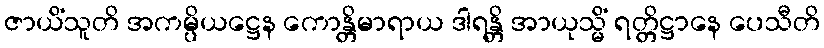
ဇာယိံသူတိ အကမ္ပိယဋ္ဌေန ကောန္တိမာရာယ ဒါရန္တိ အာယုသ္မိံ ရတ္တိဋ္ဌာနေ ပေသီတိ